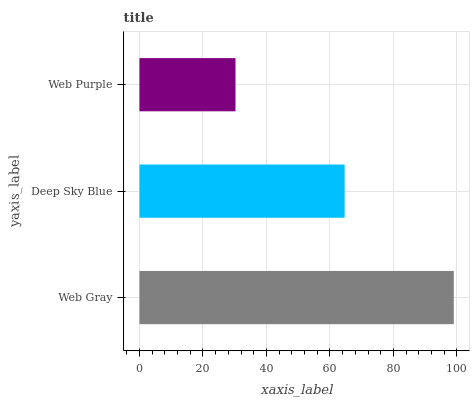
| yaxis_label | bars |
 | --- | --- |
 | Web Gray | 99 |
 | Deep Sky Blue | 64.6 |
 | Web Purple | 30.2 |